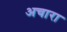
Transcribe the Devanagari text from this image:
अचारा